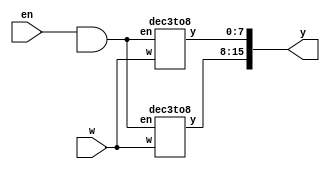
module q2(w, en, y);
input [2:0]w;
input en;
output [15:0]y;
wire [1:0]e;
assign e[0] = en & ~w[3];
assign e[1] = en & w[3];
dec3to8 stage0(w[2:0], e[0], y[7:0]);
dec3to8 stage1(w[2:0], e[1], y[15:8]);
endmodule

module dec3to8(w, en, y);
input en;
input [2:0]w;
output [7:0]y;
reg [7:0]y;
integer k;
always @(en or w)
     begin
     for(k=0; k<=7; k=k+1)
     if((w == k) && (en == 1))
     	y[k]=1;
     	
     else
     	y[k]=0;
     end
endmodule